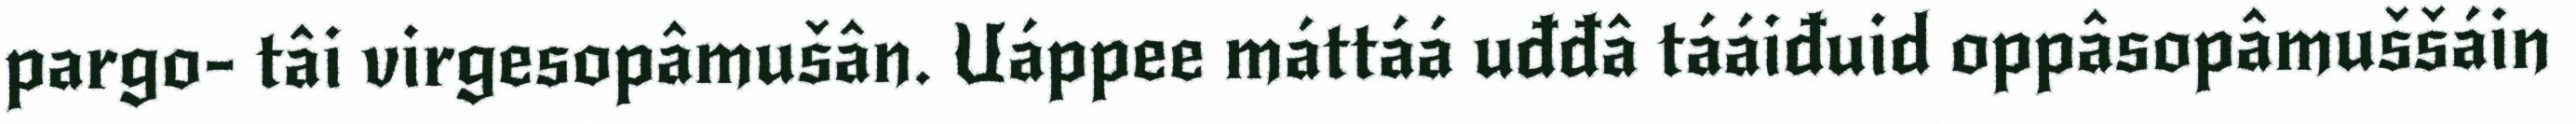
pargo- tâi virgesopâmušân. Uáppee máttáá uđđâ tááiđuid oppâsopâmuššáin